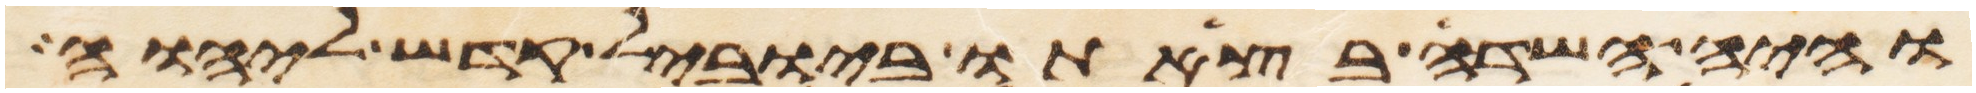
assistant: והיה השדה בצאתו ביובל קדש ליהוה